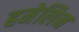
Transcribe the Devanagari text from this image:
हमेलिन